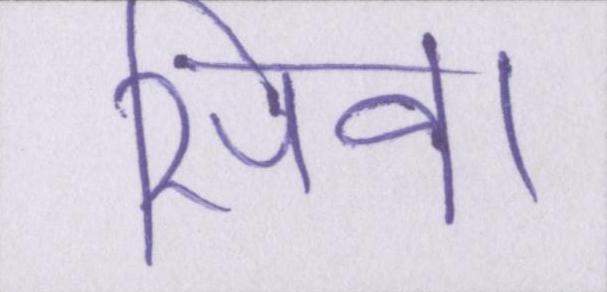
सिवा